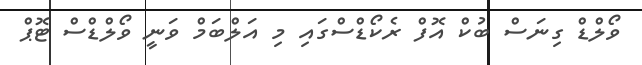
ވޯލްޑް ގިނަސް ބުކް އޮފް ރެކޯޑްސްގައި މި އަލްބަމް ވަނީ ވޯލްޑްސް ޓޮޕް